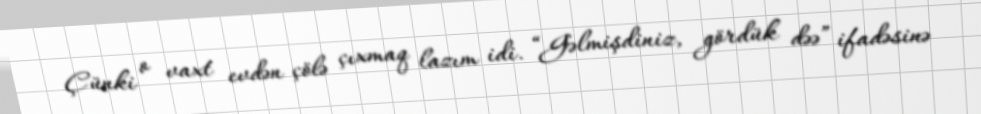
Çünki o vaxt evdən çölə çıxmaq lazım idi. “Gəlmişdiniz, gördük dəə” ifadəsinə